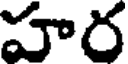
హర